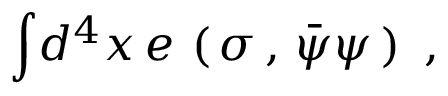
{ \int } d ^ { 4 } x \, e \, \left( \, \sigma \, , \, { \bar { \psi } \psi } \, \right) \, \, ,